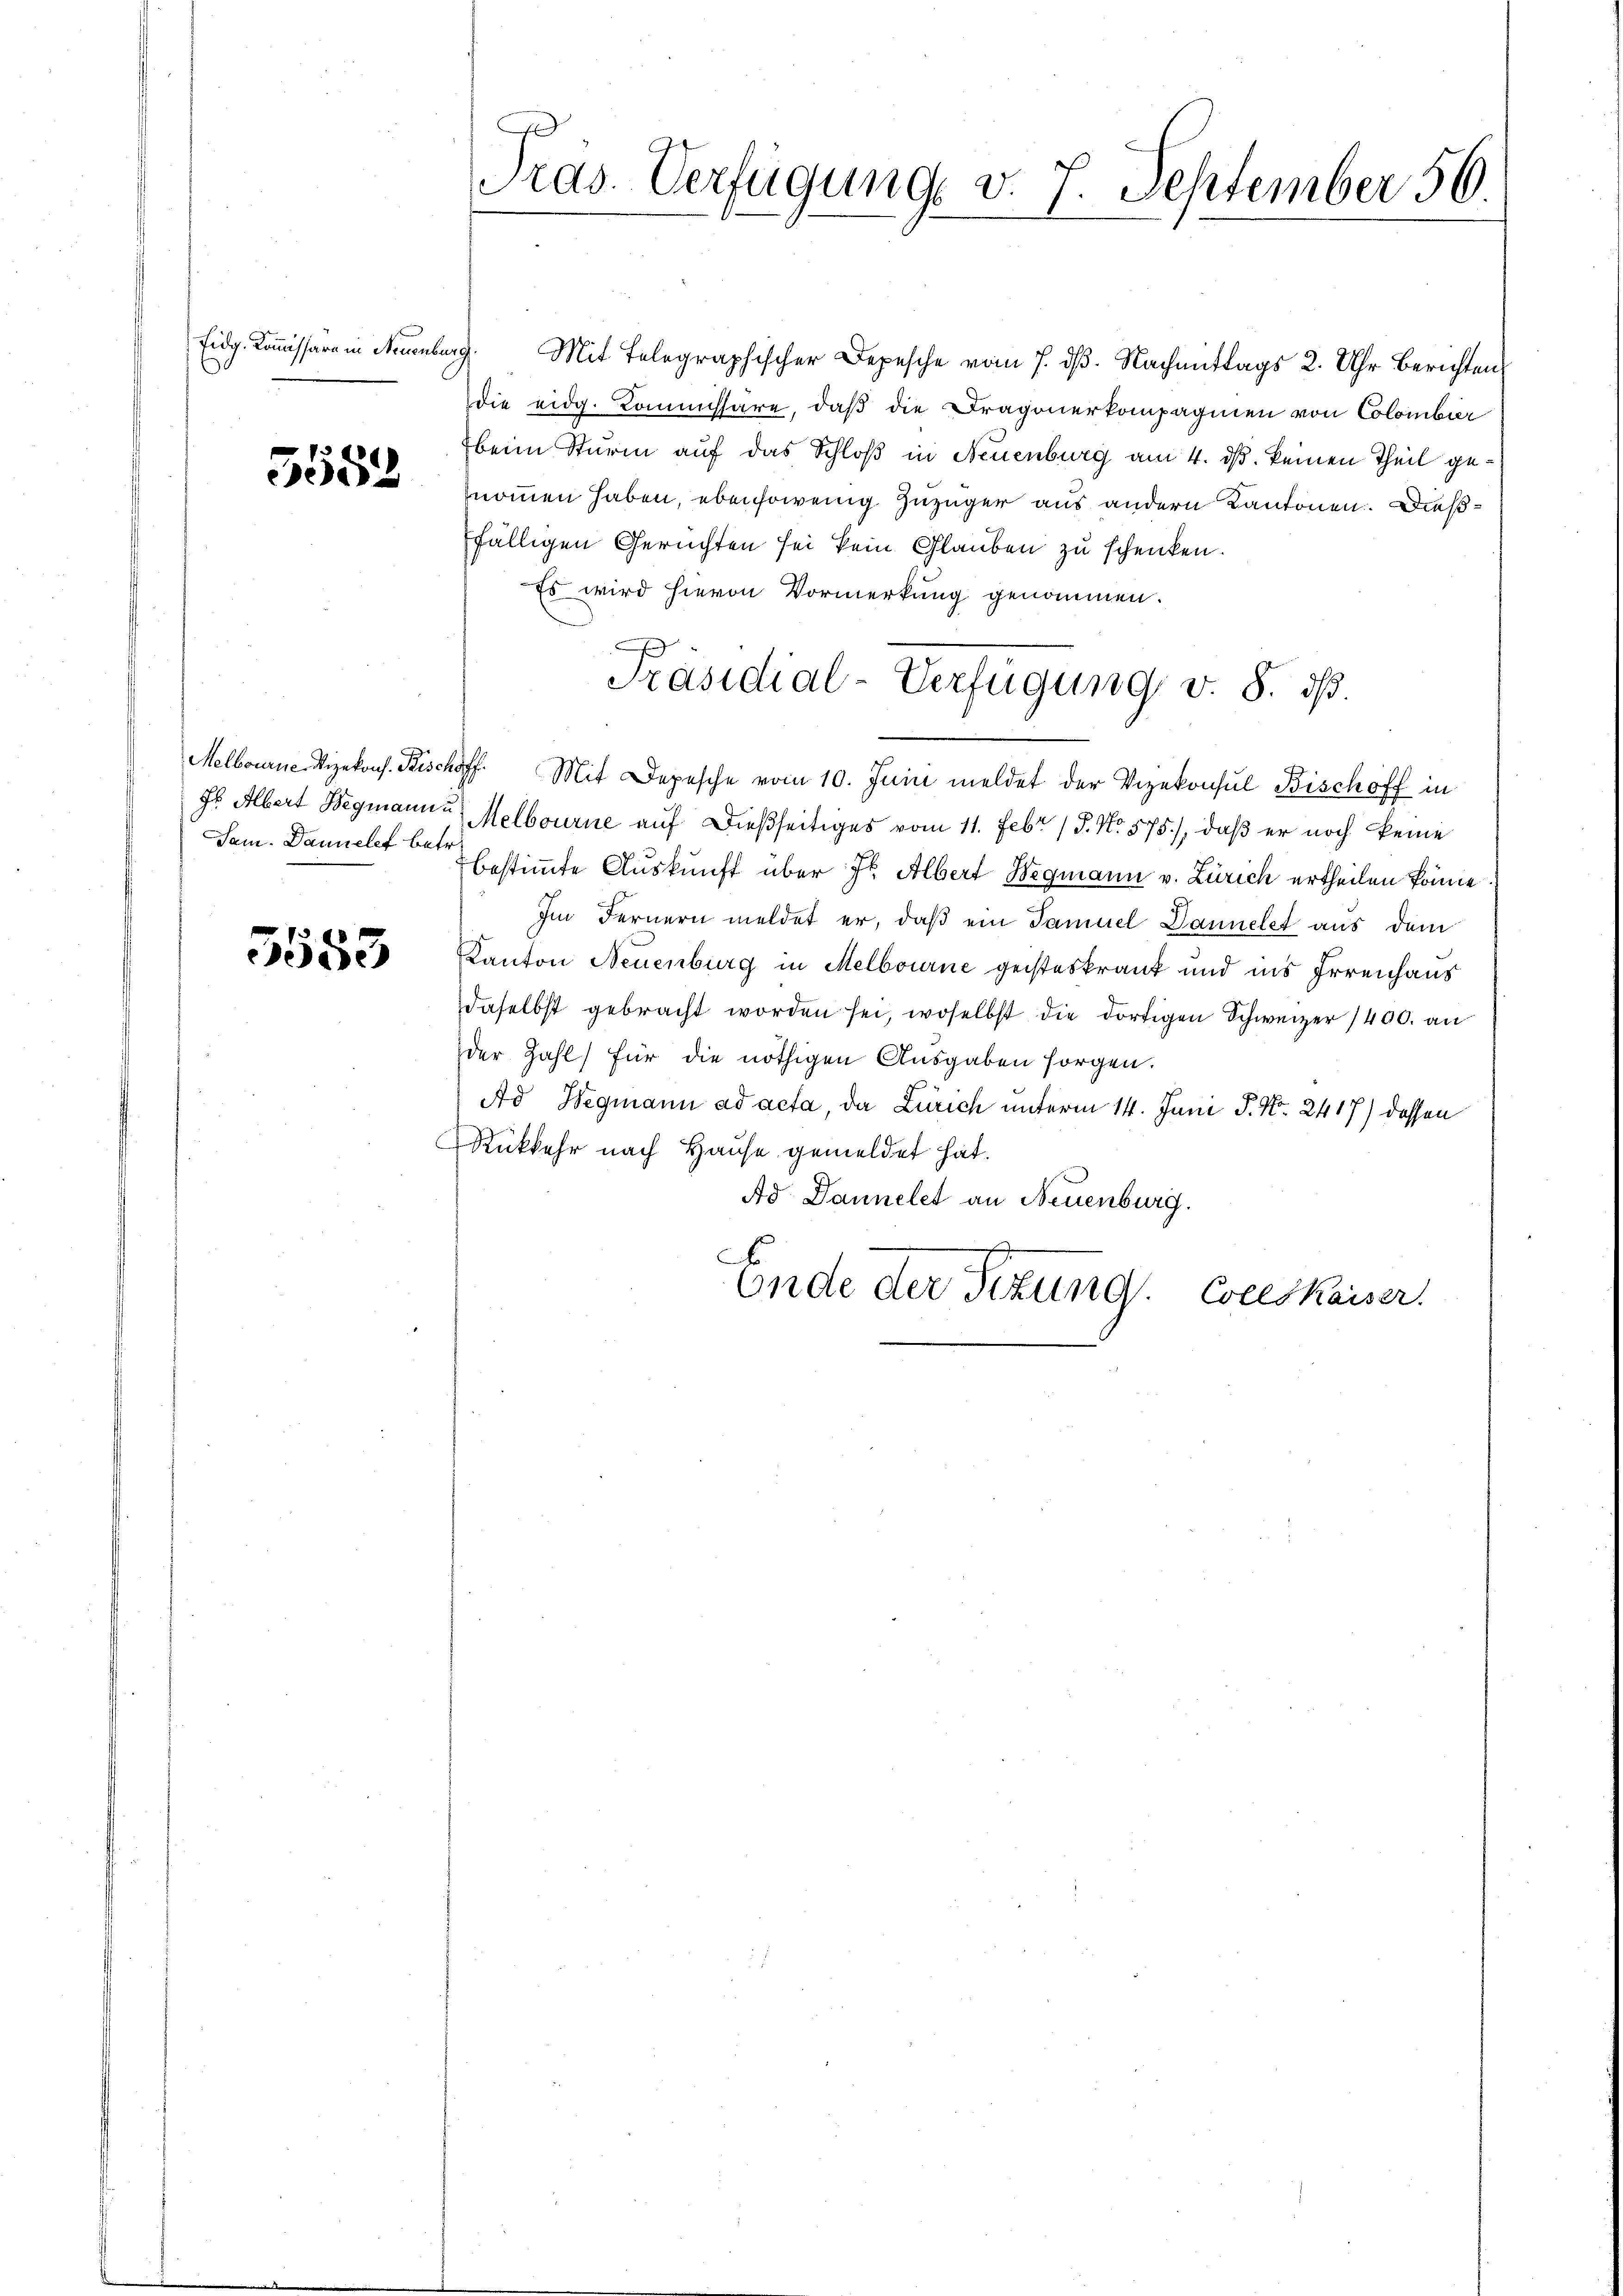
Eidg. Kommissare in Neuenburg

5552

Melbourne-Vizekons. Bisch
I. Albert Begmann u
Sam. Danielef betr.

5583

Pras. Verfügung v. 7. September 56.

Mit Telegraphischer Depesche vom 7. ds. Nachmittags 2. Uhr Berichten
die eidg. Kommissäre, daß die Dragonerkompagnien von Colombier
beim Sturm auf das Schloß in Neuenburg am 4. ds. keinen Theil genommen haben, ebensowenig Zuzuger aus andern Kantonen. Dießfälligen Gerichten sei kein Glauben zu schenken.
Es wird hievon Vormerkung genommen.
Melbourne auf dießseitiges vom 11. Febr. / P. Nr. 575), daß er noch keine
bestimmte Auskunft über St. Albert Wegmann v. Zürich ertheilen könne
Im Fernern meldet er, daß ein Samuel Dannelet aus dem
Kanton Neuenburg in Melbourne geisteskrant und ins Irrenhaus
daselbst gebracht worden sei, woselbst die dortigen Schweizer 1400. an
der Zahl für die nöthigen Ausgaben sorgen.
Ad Wegmann ad acta, da Zürich unterm 14. Juni P. Nr. 2417) dessen
Rükkehr nach Hause gemeldet hat.
Ad Dannelet an Neuenburg.
Ende der Sitzung. Coses Kaiser.

Präsidial-Verfügung v. 8. ds.
off. Mit Depesche vom 10. Juni meldet der Vizekonsul Bischoff in